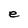
Character: e